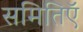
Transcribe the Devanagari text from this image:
समितिऍ